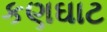
કણઘાટ